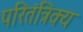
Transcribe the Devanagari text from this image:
परितंत्रिक्य